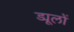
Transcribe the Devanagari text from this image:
ड्यूलों